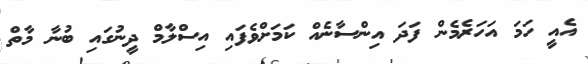
އެއީ ހަމަ އަހަރެމެން ފަދަ އިންސާނެއް ކަމަށްވެފައި އިސްލާމް ދީނުގައި ބުނާ މާތް